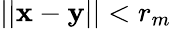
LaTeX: ||\mathbf x-\mathbf y||<r_{m}